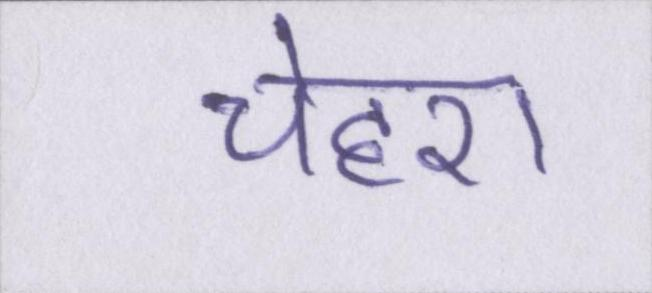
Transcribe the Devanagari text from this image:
चेहरा